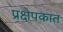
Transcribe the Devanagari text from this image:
प्रक्षेपकात